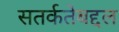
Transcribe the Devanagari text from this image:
सतर्कतेबद्दल